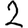
Digit: 2